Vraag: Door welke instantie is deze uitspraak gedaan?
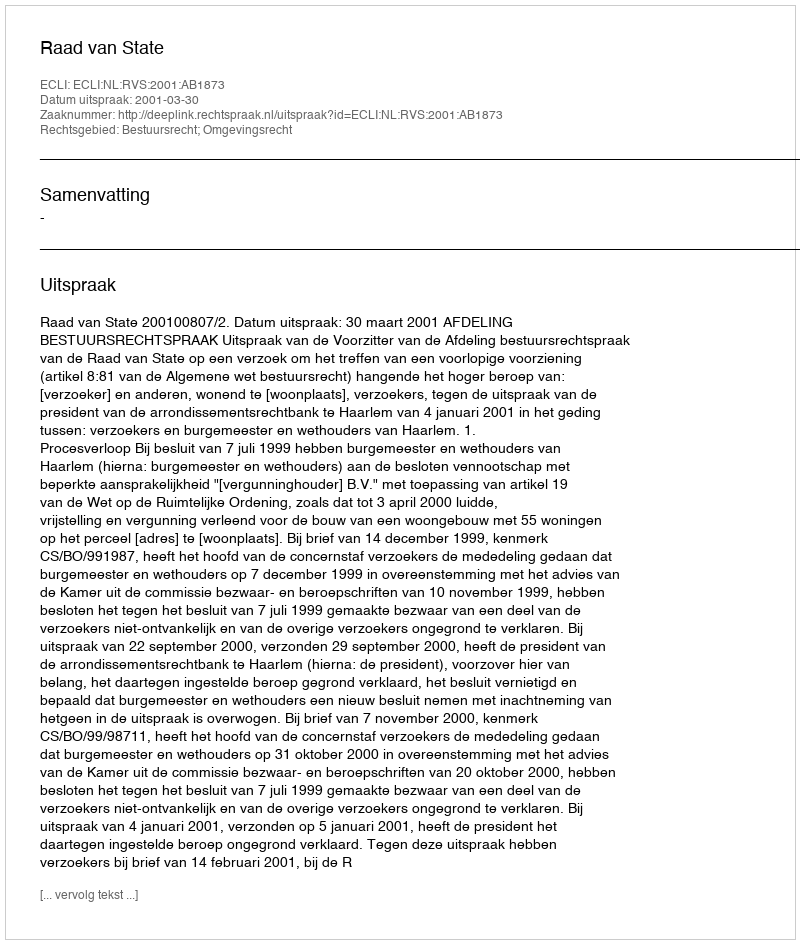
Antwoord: Raad van State